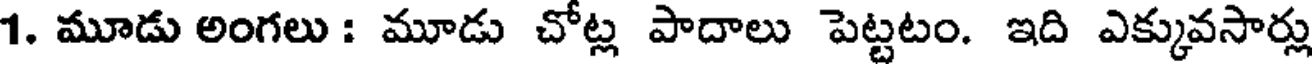
1. మూడు అంగలు : మూడు చోట్ల పాదాలు పెట్టటం. ఇది ఎక్కువసార్లు